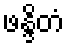
ဖန္ဒိတံ